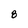
Character: 8